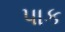
પાક